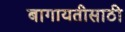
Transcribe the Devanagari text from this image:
बागायतीसाठी